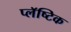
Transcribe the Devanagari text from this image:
प्लॅष्टिक